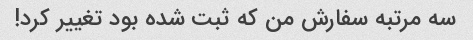
سه مرتبه سفارش من که ثبت شده بود تغییر کرد!